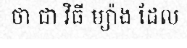
ថា ជា វិធី ម្យ៉ាង ដែល